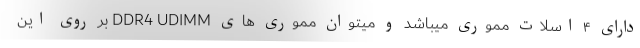
دارای ۴ اسلات مموری میباشد و میتوان مموری های DDR4 UDIMM بر روی این